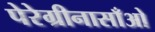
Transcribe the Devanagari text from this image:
पेरेग्रीनासाँओ